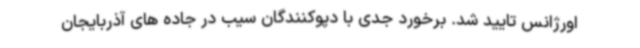
اورژانس تایید شد. برخورد جدی با دپوکنندگان سیب در جاده های آذربایجان